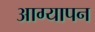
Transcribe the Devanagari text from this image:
आग्यापन